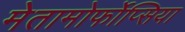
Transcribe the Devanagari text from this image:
मेतामोर्फोप्सिया